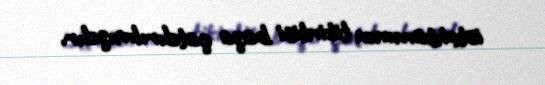
istehkamının tikintisi başa çatdırılmışdır.